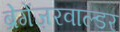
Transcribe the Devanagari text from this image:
ब्रेगेंज़रवाल्डर